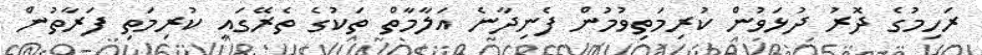
ރަހިމުގެ ދޮރު ދުޅަވުން ކުރިމަތިވުމުން ފެނިދާނެ އަލާމާތް ތަކުގެ ތެރޭގައި ކުރިމަތި ފަރާތުން